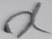
Text: X